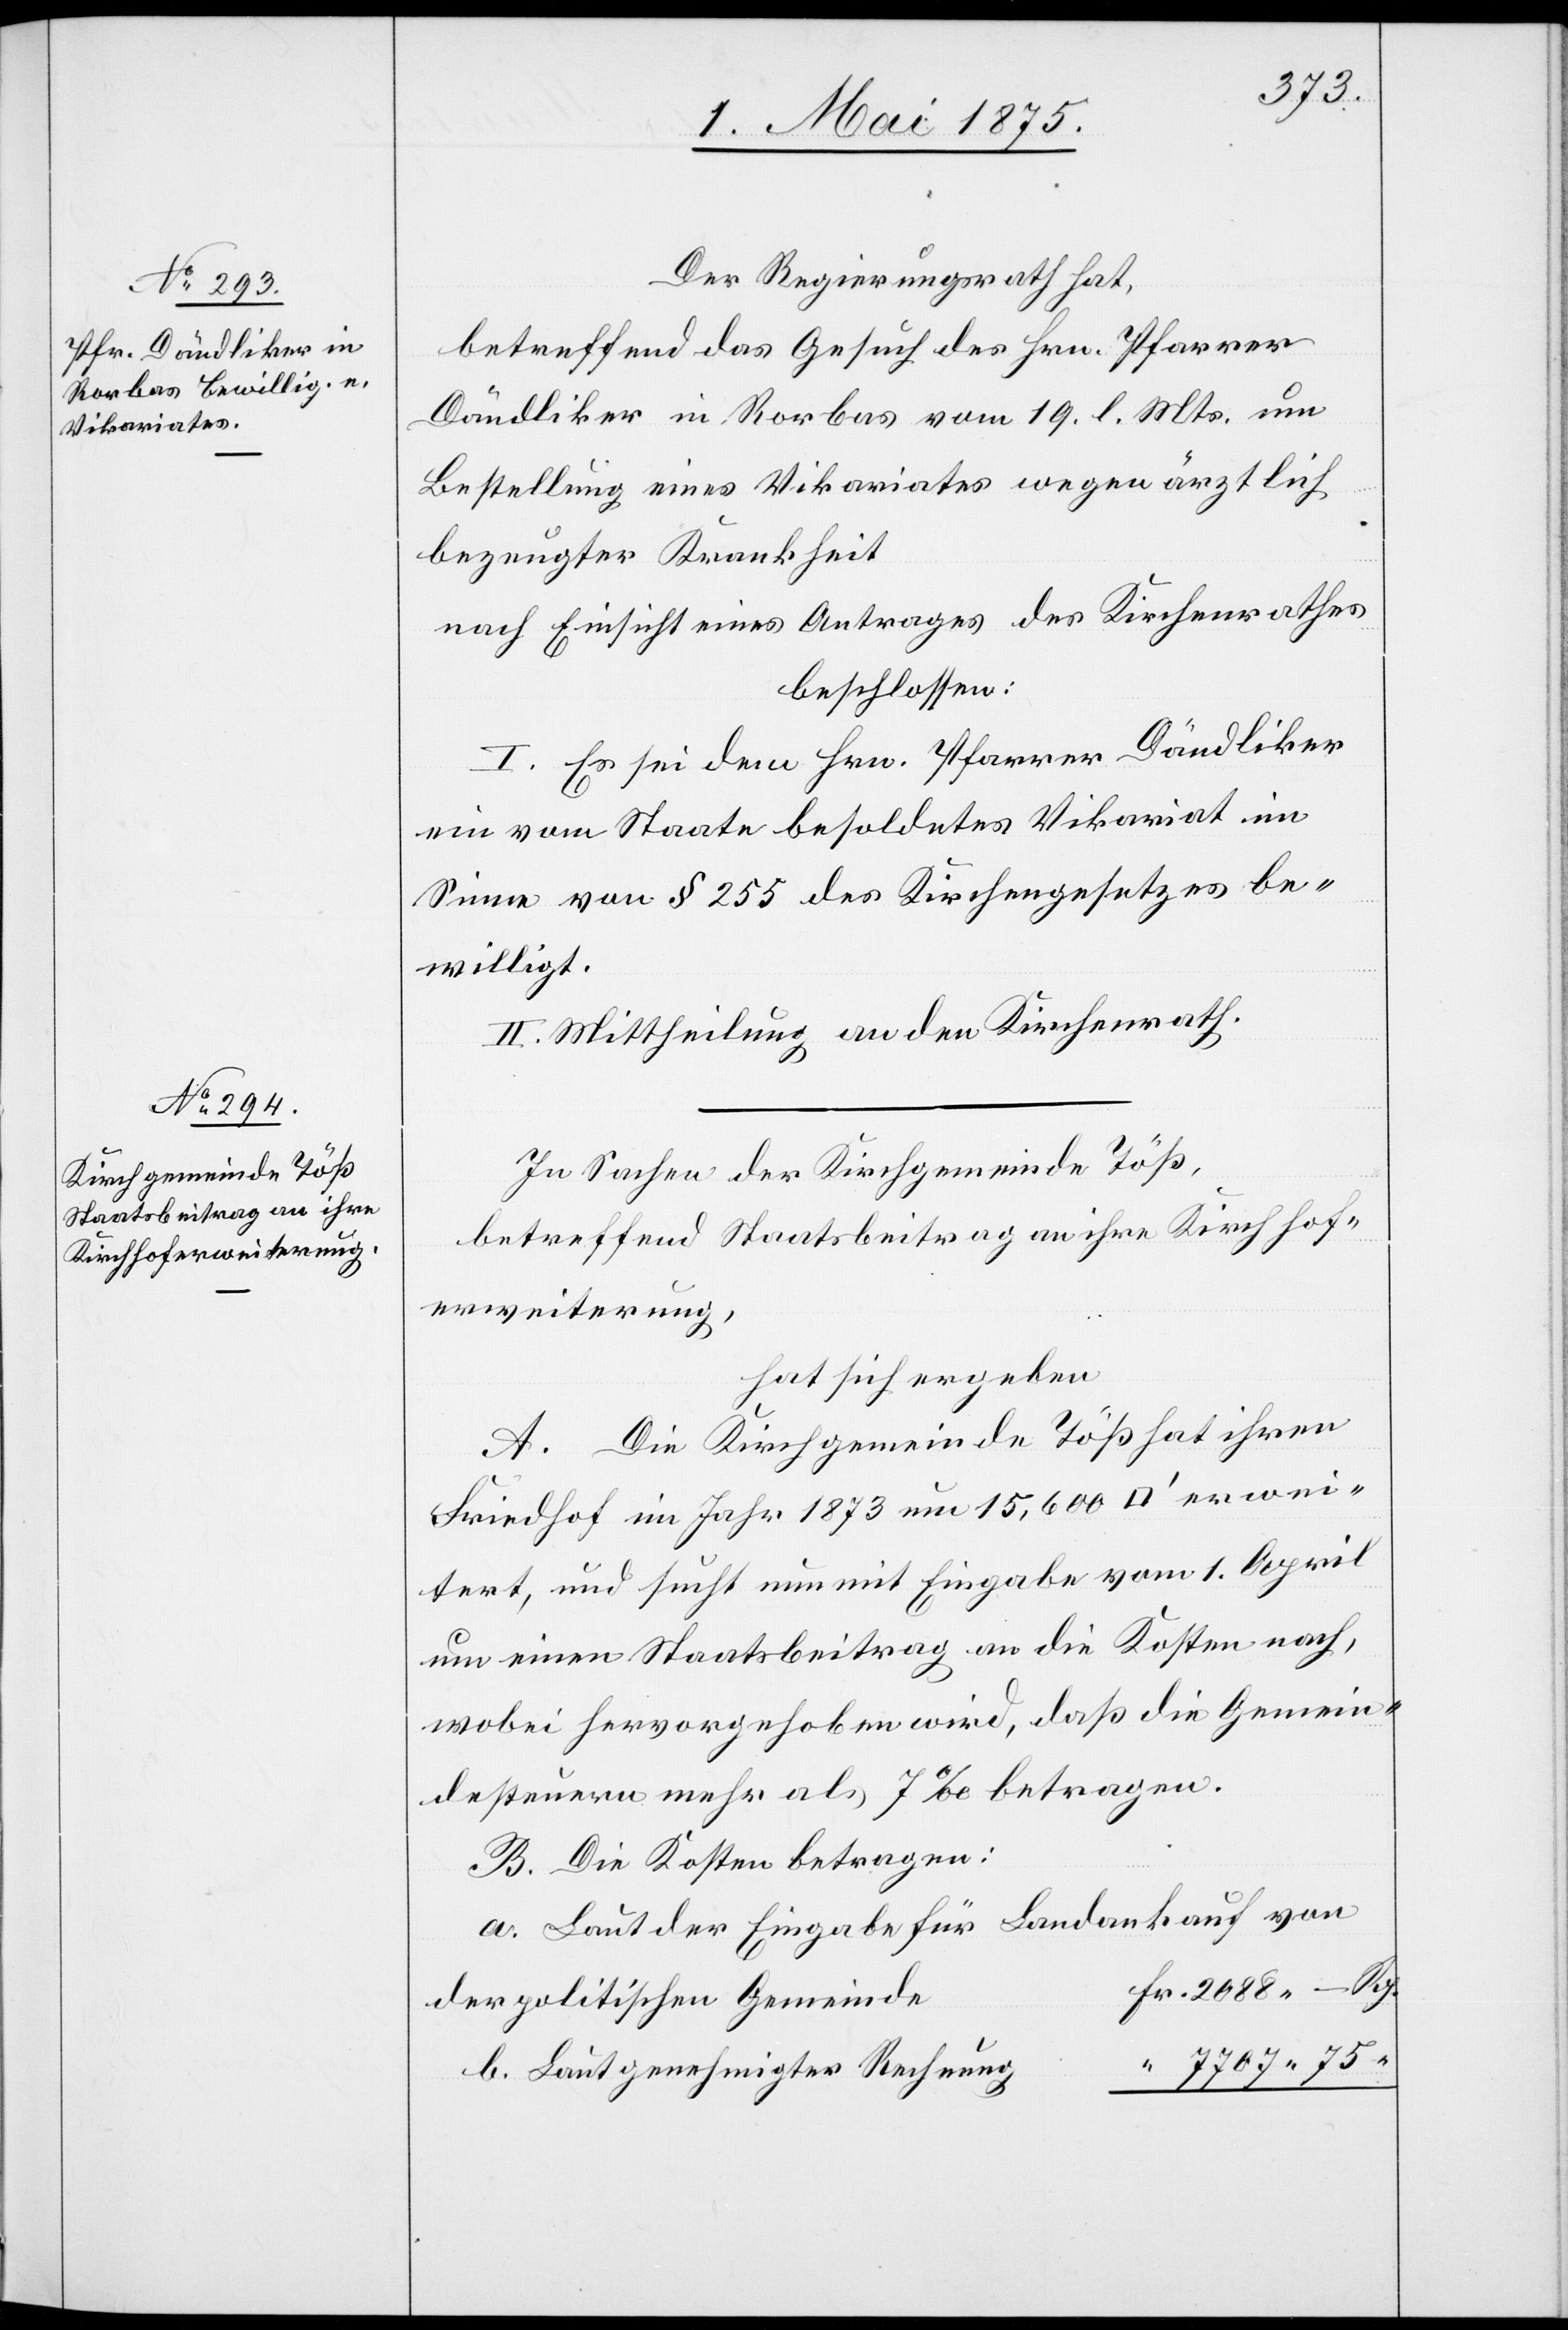
Der Regierungsrath hat,
Betreffend das Gesuch des Hrn. Pfarrer
Dändliker in Rorbas vom 19. l. Mts. um
Bestellung eines Vikariates wegen ärztlich
bezeugter Krankheit
nach Einsicht eines Antrages des Kirchenrathes
beschlossen:
I. Es sei dem Hrn. Pfarrer Dändliker
ein vom Staate besoldetes Vikariat im
Sinne von § 255 des Kirchengesetzes be¬
willigt.
II. Mittheilung an den Kirchenrath.
In Sachen der Kirchgemeinde Töß
betreffend Staatsbeitrag an ihre Kirchhof¬
erweiterung,
hat sich ergeben[:]
A. Die Kirchgemeinde Töß hat ihren
Friedhof im Jahr 1873 um 15,600 [Quadratfuss]
erweitert, und sucht nun mit Eingabe vom 1. April
um einen Staatsbeitrag an die Kosten nach,
wobei hervorgehoben wird, daß die Gemein¬
desteuern mehr als 7‰ betragen.
B. Die Kosten betragen:
Laut der Eingabe für Landankauf von
der politischen Gemeinde
7707 75